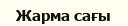
Жарма сағы